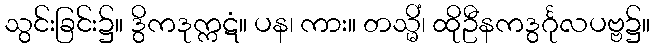
သွင်းခြင်း၌။ ဒွိကဒုက္ကဋံ။ ပန၊ ကား။ တသ္မိံ၊ ထိုဦနကဒွင်္ဂုလပဗ္ဗ၌။